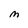
Character: M